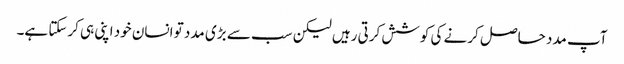
آپ مدد حاصل کرنے کی کوشش کرتی رہیں لیکن سب سے بڑی مدد تو انسان خود اپنی ہی کرسکتا ہے۔